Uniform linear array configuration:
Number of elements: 8
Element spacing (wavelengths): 0.75
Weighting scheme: kaiser
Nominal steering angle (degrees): -30
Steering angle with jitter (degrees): -31.722
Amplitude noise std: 0.05
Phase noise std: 0.05

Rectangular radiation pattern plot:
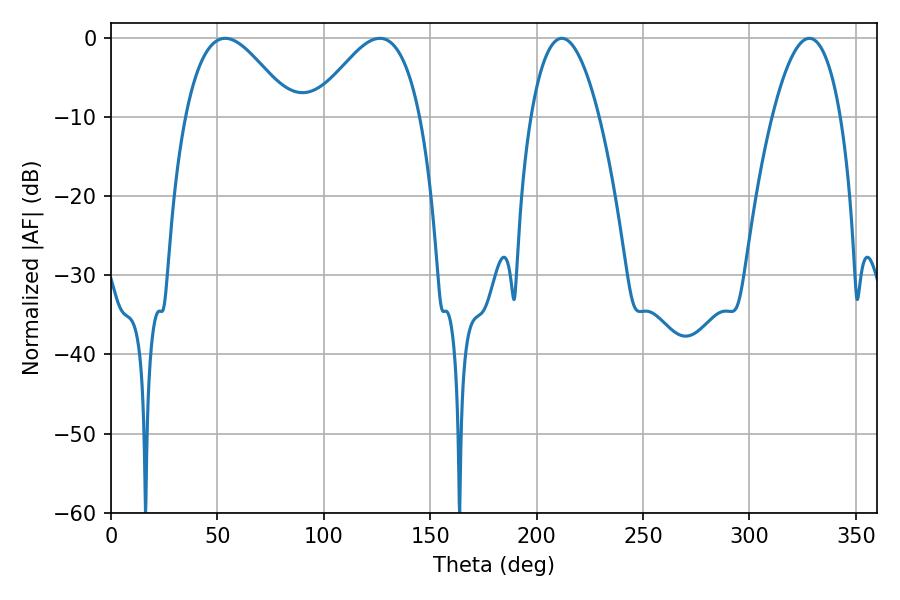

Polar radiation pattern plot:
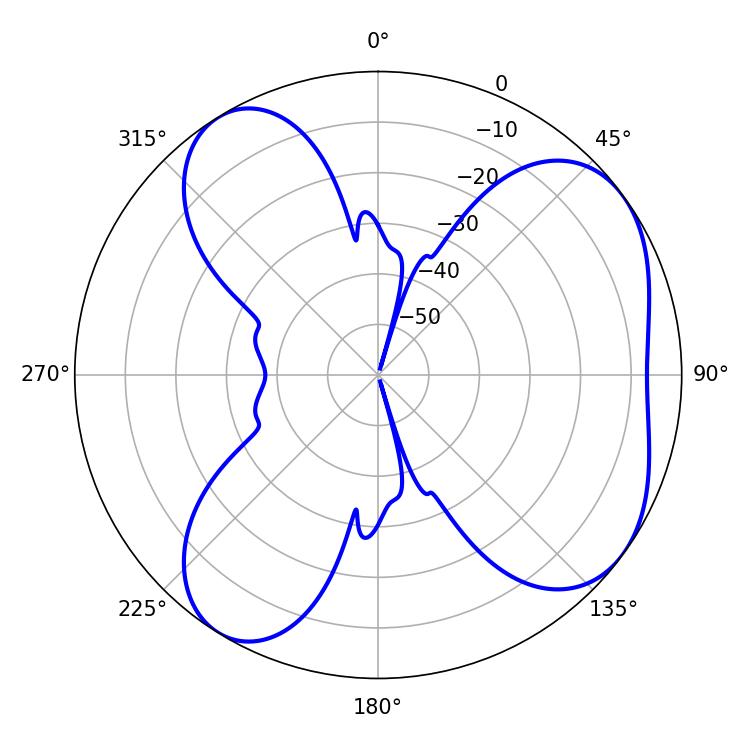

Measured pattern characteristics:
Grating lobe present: TRUE
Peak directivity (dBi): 5.819
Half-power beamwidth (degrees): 17.82
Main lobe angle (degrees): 211.86